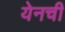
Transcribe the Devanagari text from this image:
येनची